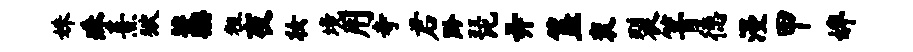
姝珠熹狱藁粗夜妆境用寺君黔琵弄簋衮裂箐德漫甲婢